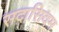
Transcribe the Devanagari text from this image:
सदासिवम